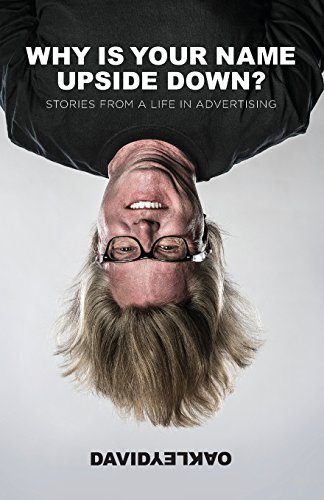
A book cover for Why is Your Name Upside Down?: Stories from a Life in Advertising; David Oakley; Humor & Entertainment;